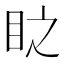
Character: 𭾣